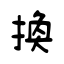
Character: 換